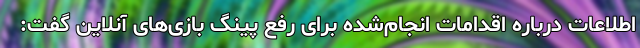
اطلاعات درباره اقدامات انجام‌شده برای رفع پینگ بازی‌های آنلاین گفت: